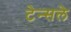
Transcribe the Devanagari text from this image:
टेन्सले